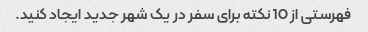
فهرستی از 10 نکته برای سفر در یک شهر جدید ایجاد کنید.